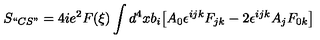
S _ { ` ` C S " } = 4 i e ^ { 2 } F ( \xi ) \int d ^ { 4 } x b _ { i } \bigl [ A _ { 0 } \epsilon ^ { i j k } F _ { j k } - 2 \epsilon ^ { i j k } A _ { j } F _ { 0 k } \bigr ]